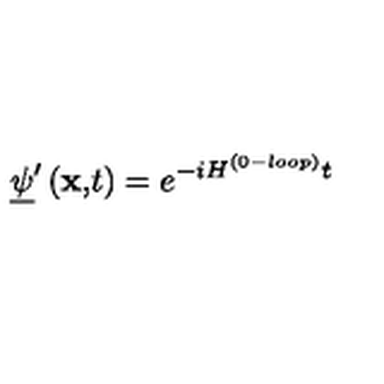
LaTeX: \underline { { \psi } } ^ { \prime } \left( \mathbf { x , } t \right) = e ^ { - i H ^ { ( 0 - l o o p ) } t }